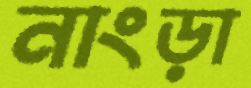
নাংড়া